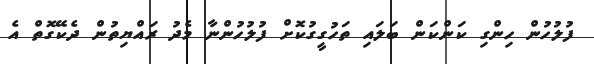
ފުލުހުން ހިންގި ކަންކަން ބަލައި ތަހުގީގުކޮށް ފުލުހުންނާ މެދު ރައްޔިތުން ދެކޭގޮތް އެ